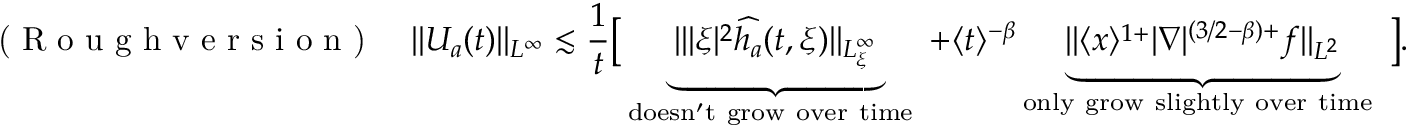
\textup { ( R o u g h v e r s i o n ) } \quad \| U _ { a } ( t ) \| _ { L ^ { \infty } } \lesssim \frac { 1 } { t } \big [ \underbrace { \| | \xi | ^ { 2 } \widehat { h _ { a } } ( t , \xi ) \| _ { L _ { \xi } ^ { \infty } } } _ { \mathrm { d o e s n ' t ~ g r o w ~ o v e r ~ t i m e ~ } } + \langle t \rangle ^ { - \beta } \underbrace { \| \langle x \rangle ^ { 1 + } | \nabla | ^ { ( 3 / 2 - \beta ) + } f \| _ { L ^ { 2 } } } _ { \mathrm { o n l y ~ g r o w ~ s l i g h t l y ~ o v e r ~ t i m e ~ } } \big ] .